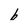
Character: b